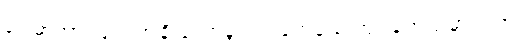
ဥပမာအားဖြင့်၊ အချို့သောရုပ်ရှင်တွေနဲ့ စာအုပ်တွေထဲမှာ ပါတဲ့